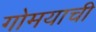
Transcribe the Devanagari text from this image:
गोमयाची